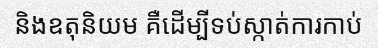
និងឧតុនិយម គឺដើម្បីទប់ស្កាត់ការកាប់